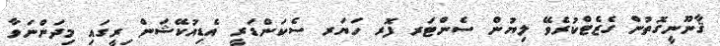
ޤާނޫނީގޮތުން ގެޒެޓްކުރެވޭ ލިޔުން ސެންޓަރ ފޮރ ހަޔަރ ސެކަންޑަރީ އެޑިއުކޭޝަން ިރީގައި މިދަންނަވާ